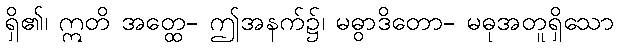
ရှိ၏၊ ဣတိ အတ္ထေ- ဤအနက်၌၊ မဓွာဒိတော- မဓုအတူရှိသော